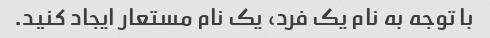
با توجه به نام یک فرد، یک نام مستعار ایجاد کنید.